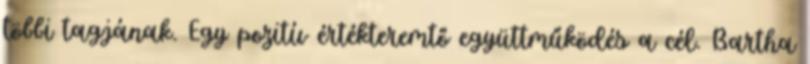
többi tagjának. Egy pozitív értékteremtő együttműködés a cél. Bartha